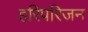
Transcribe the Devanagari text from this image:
हरिपरिजन